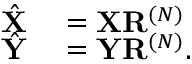
\begin{array} { r l } { \hat { \mathbf { X } } } & { { } = \mathbf { X } \mathbf { R } ^ { ( N ) } } \\ { \hat { \mathbf { Y } } } & { { } = \mathbf { Y } \mathbf { R } ^ { ( N ) } . } \end{array}